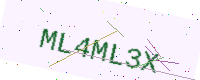
Text: ML4ML3X